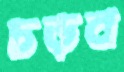
চড়ব